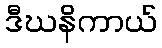
ဒီဃနိကာယ်